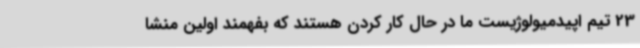
23 تیم اپیدمیولوژیست ما در حال کار کردن هستند که بفهمند اولین منشا